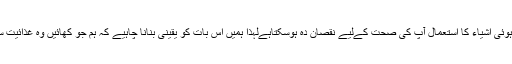
ایسے میں تلی ہوئی اشیاء کا استعمال آپ کی صحت کےلیے نقصان دہ ہوسکتاہےلہذا ہمیں اس بات کو یقینی بنانا چاہیے کہ ہم جو کھائیں وہ غذائیت سے بھرپور ہو۔